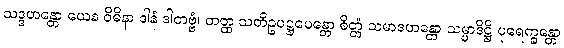
သဒ္ဒဟန္တော ယေန ဝိဓိနာ ဒါနံ ဒါတဗ္ဗံ၊ တတ္ထ သတိဥပဋ္ဌပေန္တော စိတ္တံ သမာဒဟန္တော သမ္မာဒိဋ္ဌိ ပုရေက္ခန္တော